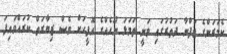
ކެމަރަންގެ ޖަފްނާ ދަތުރުގައި ވަނީ ތަމަޅަ ނޫހެއްގެ އޮފީހަށް ވެސް ޒިޔާރަތް ކުރައްވައިފަ